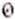
0